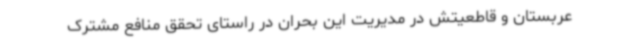
عربستان و قاطعیتش در مدیریت این بحران در راستای تحقق منافع مشترک